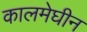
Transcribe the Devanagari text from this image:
कालमेघीन